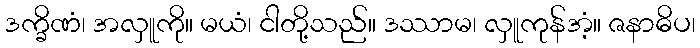
ဒက္ခိဏံ၊ အလှူကို။ မယံ၊ ငါတို့သည်။ ဒဿာမ၊ လှူကုန်အံ့။ ဇနာဓိပ၊